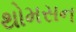
થોમસન